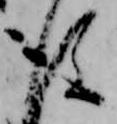
後